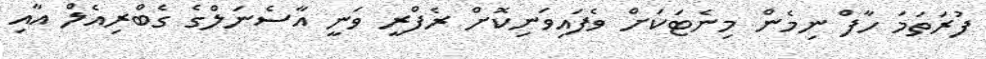
ފުރަތަމަ ހާފް ނިމެން މިނެޓަކަށް ވެފައިވަނިކޮށް ރެފްރީ ވަނީ އާސެނަލްގެ ގެބްރިއެލް އާއި